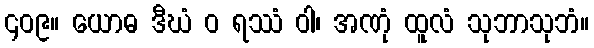
၄၀၉။ ယောဓ ဒီဃံ ဝ ရဿံ ဝါ၊ အဏုံ ထူလံ သုဘာသုဘံ။